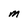
Character: m